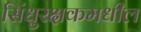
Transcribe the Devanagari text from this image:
सिंधुरक्षकमधील